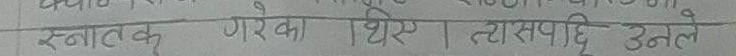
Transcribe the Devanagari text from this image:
स्नातक गरेका थिए । त्यसपछि उनले